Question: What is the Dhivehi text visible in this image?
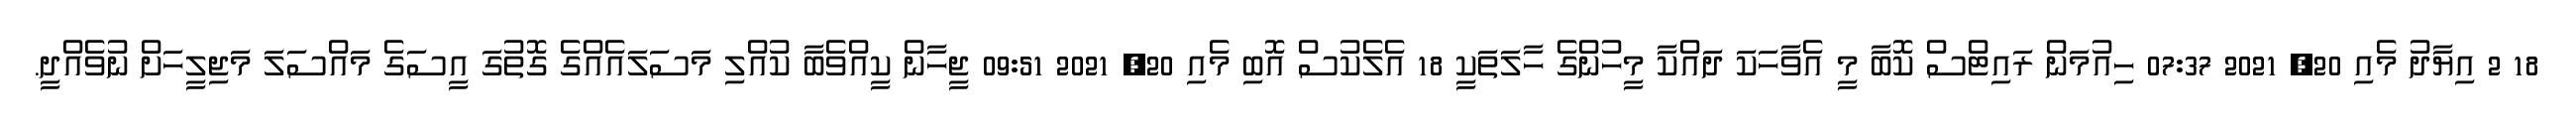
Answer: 18 2 އިޔާދު މެއި 20, 2021 07:37 ހިއުމަން ރައިޓްސް ކޮބާ މީ އެވާހަކަ ދައްކާ މީހުންގެ ހާލަތަކީ 18 އެލެކުސް އޮބި މެއި 20, 2021 09:51 ޖީހާން ކީއްވެބާ ކުއްލި މަސަލައެއްގެ ގޮތުގަ އީސަގެ މައްސަލަ މަޖިލީހަށް ނުވެއްދީ.